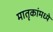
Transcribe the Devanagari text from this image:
मातृकांमध्ये